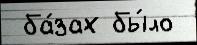
 ба́зах бы́ло